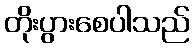
တိုးပွားစေပါသည်